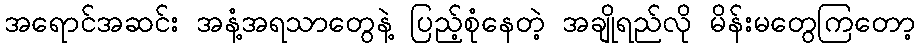
အရောင်အဆင်း အနံ့အရသာတွေနဲ့ ပြည့်စုံနေတဲ့ အချိုရည်လို မိန်းမတွေကြတော့